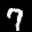
Label: 7